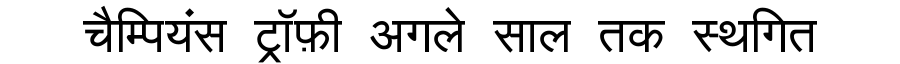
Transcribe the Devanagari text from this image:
चैम्पियंस ट्रॉफ़ी अगले साल तक स्थगित